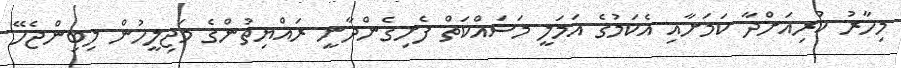
މިހާރު ކުރިއަށްދާ ކަމަށާއި އެކަމުގެ އަމަލީ މަސައްކަތް ފެށިގެންދާނީ ރައްޔިތުންގެ މަޖިލީހުން ލިބިންޖެހޭ